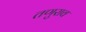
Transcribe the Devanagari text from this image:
तणुराव